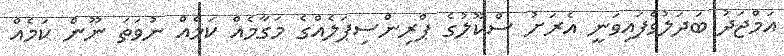
އަމްޖަދު ބަދަލުވެފައިވަނީ އެރަށު ސްކޫލުގެ ޕްރިންސިޕަލެއްގެ މަގާމެއް ކަމެއް ނުވަތަ ނޫން ކަމެއް